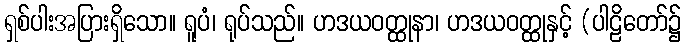
ရှစ်ပါးအပြားရှိသော။ ရူပံ၊ ရုပ်သည်။ ဟဒယဝတ္ထုနာ၊ ဟဒယဝတ္ထုနှင့် (ပါဠိတော်၌